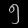
Digit: ၅